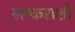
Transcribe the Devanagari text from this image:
लष्कराशी